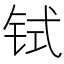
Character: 𫟸